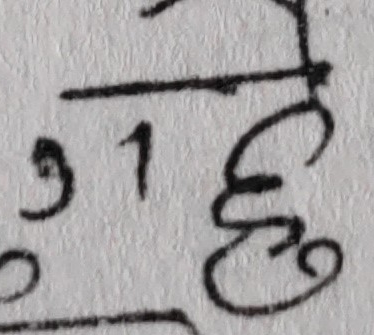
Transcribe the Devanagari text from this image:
१